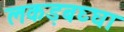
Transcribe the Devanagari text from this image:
लकड़बघ्घा